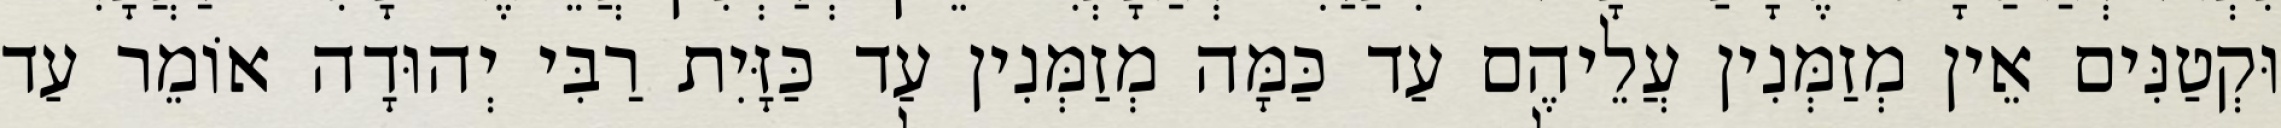
וּקְטַנִּים אֵין מְזַמְּנִין עֲלֵיהֶם עַד כַּמָּה מְזַמְּנִין עַד כַּזָּיִת רַבִּי יְהוּדָה אוֹמֵר עַד